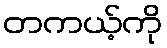
တကယ့်ကို